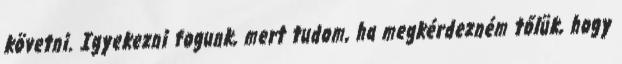
követni. Igyekezni fogunk, mert tudom, ha megkérdezném tőlük, hogy